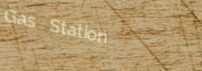
Gas Station